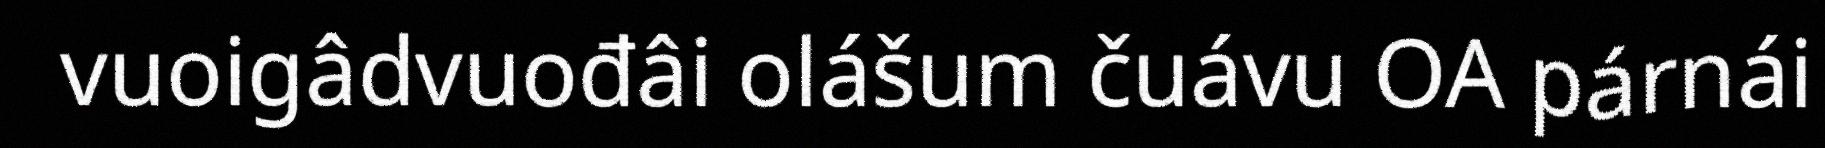
vuoigâdvuođâi olášum čuávu OA párnái